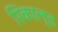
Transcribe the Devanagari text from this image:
रिकाल्ड